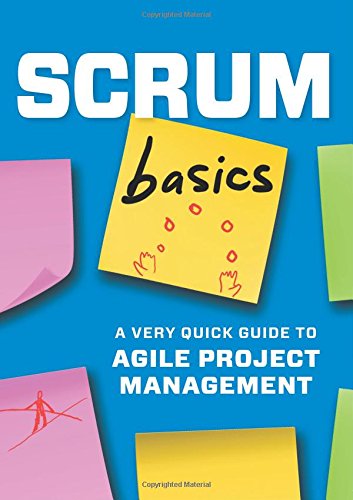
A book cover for Scrum Basics:: A Very Quick Guide to Agile Project Management; Computers & Technology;